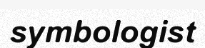
symbologist